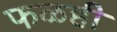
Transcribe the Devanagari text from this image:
फळही